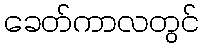
ခေတ်ကာလတွင်